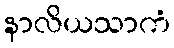
နာလိယသာကံ